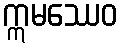
ဣမဿေဝ